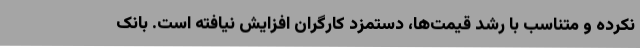
نکرده و متناسب با رشد قیمت‌ها، دستمزد کارگران افزایش نیافته است. بانک